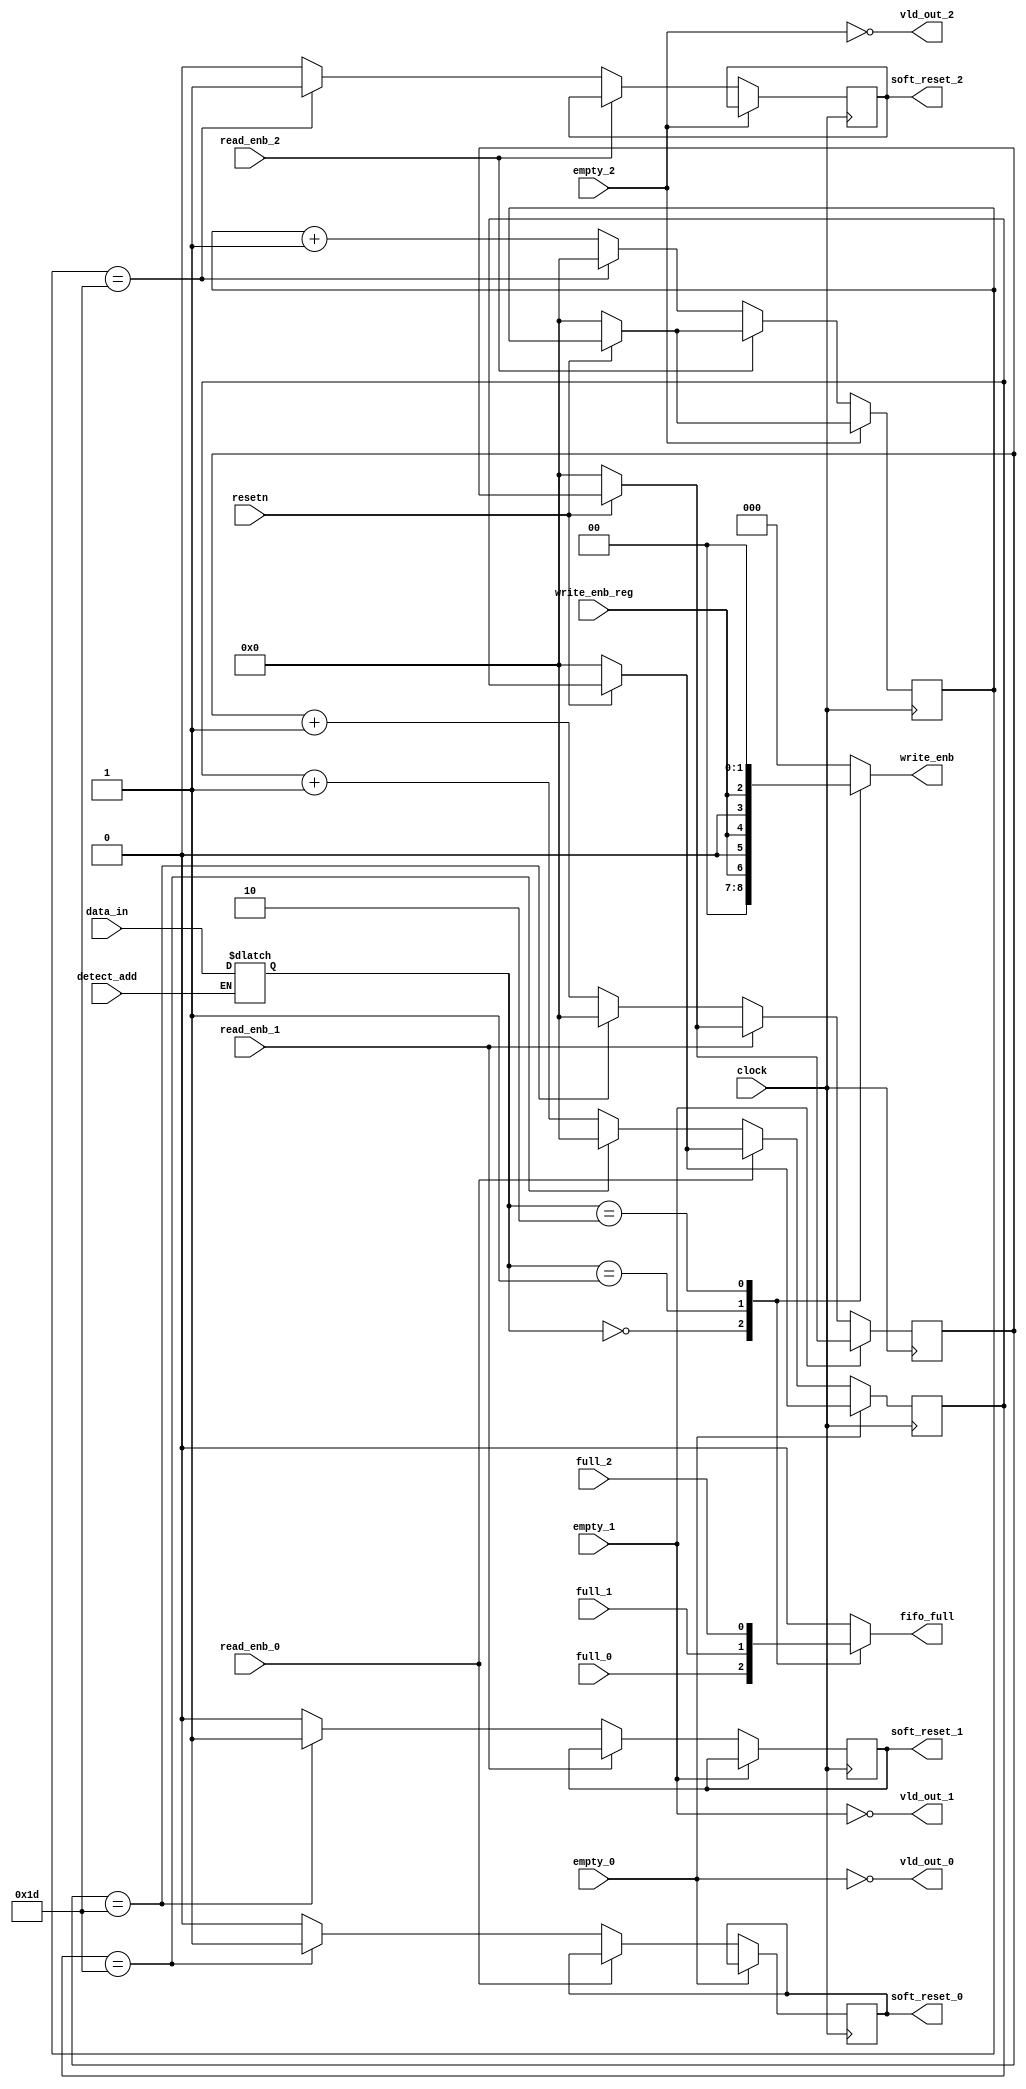
module router_sync(input detect_add, write_enb_reg, clock, resetn, 
                         read_enb_0, read_enb_1, read_enb_2,
                         empty_0, empty_1, empty_2, 
                         full_0, full_1, full_2, 
                   input [1:0] data_in,
                   output reg vld_out_0, vld_out_1, vld_out_2,
                   output reg soft_reset_0, soft_reset_1, soft_reset_2, 
                   output reg fifo_full,
                   output reg [2:0] write_enb);

reg [1:0] q;
reg [4:0] count0,count1,count2;

always@(*)begin

    if(detect_add) q<= data_in;
    else q <= q;
    
    vld_out_0 <= !empty_0;
    vld_out_1 <= !empty_1;
    vld_out_2 <= !empty_2;

    case(q)
    2'b00 : begin
            fifo_full = full_0;
            write_enb = {2'b00, write_enb_reg};
            end 
   
    2'b01 : begin
            fifo_full = full_1;
            write_enb = {1'b0, write_enb_reg,1'b0};
            end
    
    2'b10 : begin
            fifo_full = full_2;
            write_enb = {write_enb_reg, 2'b00};
            end

    default : begin
                fifo_full = 0;
                write_enb = 3'd0;
    end
    endcase
end

always@(posedge clock) begin

    if(!resetn)begin
        count0<=5'd0;
        count1<=5'd0;
        count2<=5'd0;
    end


    if (vld_out_0) begin
            if (!read_enb_0) begin
              if (count0 == 5'b11101)begin
                    soft_reset_0 <= 1'b1;
                    count0 <= 5'd0;
                end
                else begin
                    soft_reset_0 <= 1'b0;
                    count0 <= count0 + 1'b1;
                end
            end
    end

    if (vld_out_1) begin
            if (!read_enb_1) begin
              if (count1 == 5'b11101)begin
                    soft_reset_1 <= 1'b1;
                    count1 <= 5'd0;
                end
                else begin
                    soft_reset_1 <= 1'b0;
                    count1 <= count1 + 1'b1;
                end
            end
    end

    if (vld_out_2) begin
            if (!read_enb_2) begin
              if (count2 == 5'b11101)begin
                    soft_reset_2 <= 1'b1;
                    count2 <= 5'd0;
                end
                else begin
                    soft_reset_2 <= 1'b0;
                    count2 <= count2 + 1'b1;
                end
            end
    end

end

endmodule